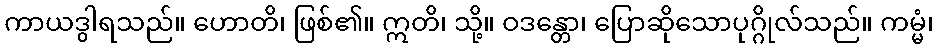
ကာယဒွါရသည်။ ဟောတိ၊ ဖြစ်၏။ ဣတိ၊ သို့။ ဝဒန္တော၊ ပြောဆိုသောပုဂ္ဂိုလ်သည်။ ကမ္မံ၊